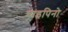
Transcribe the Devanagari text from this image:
पाइपिनो